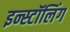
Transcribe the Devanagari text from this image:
इन्स्टॉलिंग